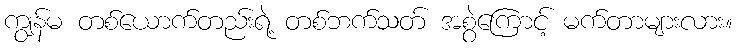
ကျွန်မ တစ်ယောက်တည်းရဲ့ တစ်ဘက်သတ် အစွဲကြောင့် မက်တာများလား။